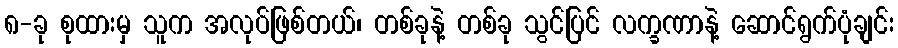
၈-ခု စုထားမှ သူက အလုပ်ဖြစ်တယ်၊ တစ်ခုနဲ့ တစ်ခု သွင်ပြင် လက္ခဏာနဲ့ ဆောင်ရွက်ပုံချင်း